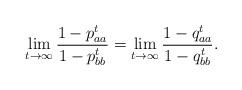
LaTeX: \begin{align*}\lim_{t\to\infty}\frac{1-p_{aa}^{t}}{1-p_{bb}^{t}}=\lim_{t\to\infty}\frac{1-q_{aa}^{t}}{1-q_{bb}^{t}}.\end{align*}